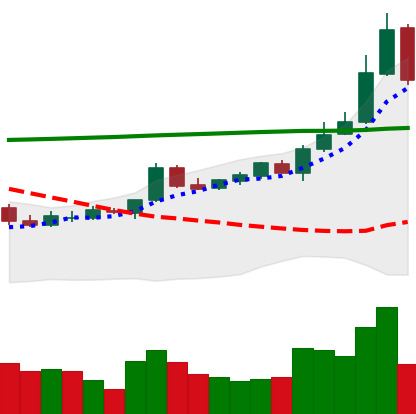
Ticker: BTC-USD
Chart end date: 2015-10-18
Forward return: 5.677%
Label: up_5_7